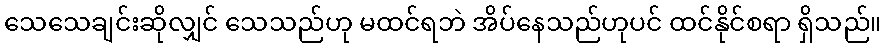
သေသေချင်းဆိုလျှင် သေသည်ဟု မထင်ရဘဲ အိပ်နေသည်ဟုပင် ထင်နိုင်စရာ ရှိသည်။